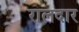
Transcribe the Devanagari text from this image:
रालदार